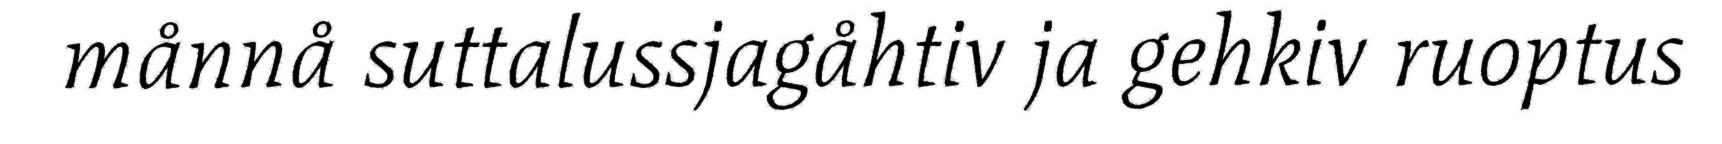
månnå suttalussjagåhtiv ja gehkiv ruoptus